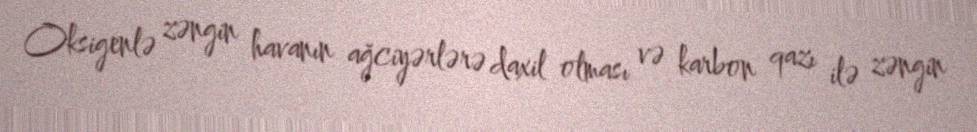
Oksigenlə zəngin havanın ağciyərlərə daxil olması və karbon qazı ilə zəngin